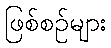
ဖြစ်စဉ်များ